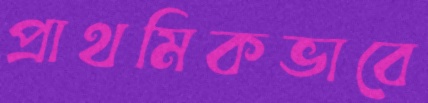
প্রাথমিকভাবে